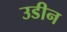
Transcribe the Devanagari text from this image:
उडीन